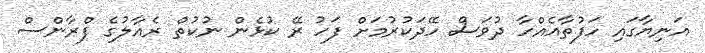
އަނިޔާގައި ހަފުތާއެއްހާ ދުވަސް ހޭދަކުރުމަށް ފަހު ރޭ ކުޅެން ނުކުތް ރެއާލުގެ ފްރާންސް